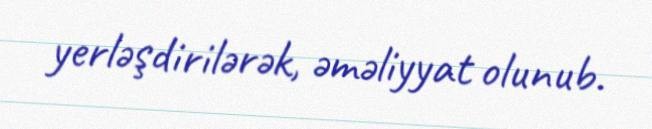
yerləşdirilərək, əməliyyat olunub.